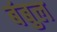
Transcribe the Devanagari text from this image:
बंबुल